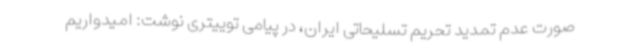
صورت عدم تمدید تحریم تسلیحاتی ایران، در پیامی توییتری نوشت: امیدواریم